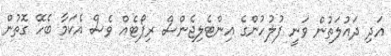
އަދި ދައުލަތުން ވަނީ ފުލުހުންގެ އިންޓެލިޖެންސް ރިޕޯޓެެއް ވެސް އެކަމާ ބެހޭ ގޮތުން